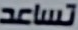
تساعد